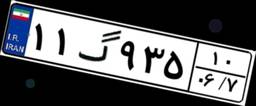
۲۴گ۵۶۴۷۰